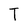
Character: T